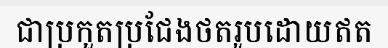
ជាប្រកួតប្រជែងថតរូបដោយឥត